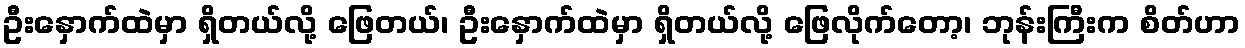
ဦးနှောက်ထဲမှာ ရှိတယ်လို့ ဖြေတယ်၊ ဦးနှောက်ထဲမှာ ရှိတယ်လို့ ဖြေလိုက်တော့၊ ဘုန်းကြီးက စိတ်ဟာ